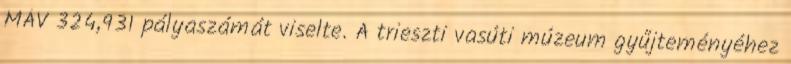
MÁV 324,931 pályaszámát viselte. A trieszti vasúti múzeum gyűjteményéhez